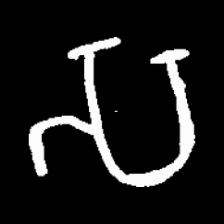
Pyu character \u2014 Myanmar letter: သ (romanized: sa)